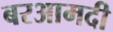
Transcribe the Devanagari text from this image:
बरआमदी